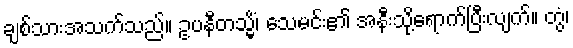
ချစ်သားအသက်သည်။ ဥပနီတသ္မိံ၊ သေမင်း၏ အနီးသို့ရောက်ပြီးလျက်။ တွံ၊